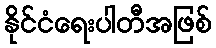
နိုင်ငံရေးပါတီအဖြစ်